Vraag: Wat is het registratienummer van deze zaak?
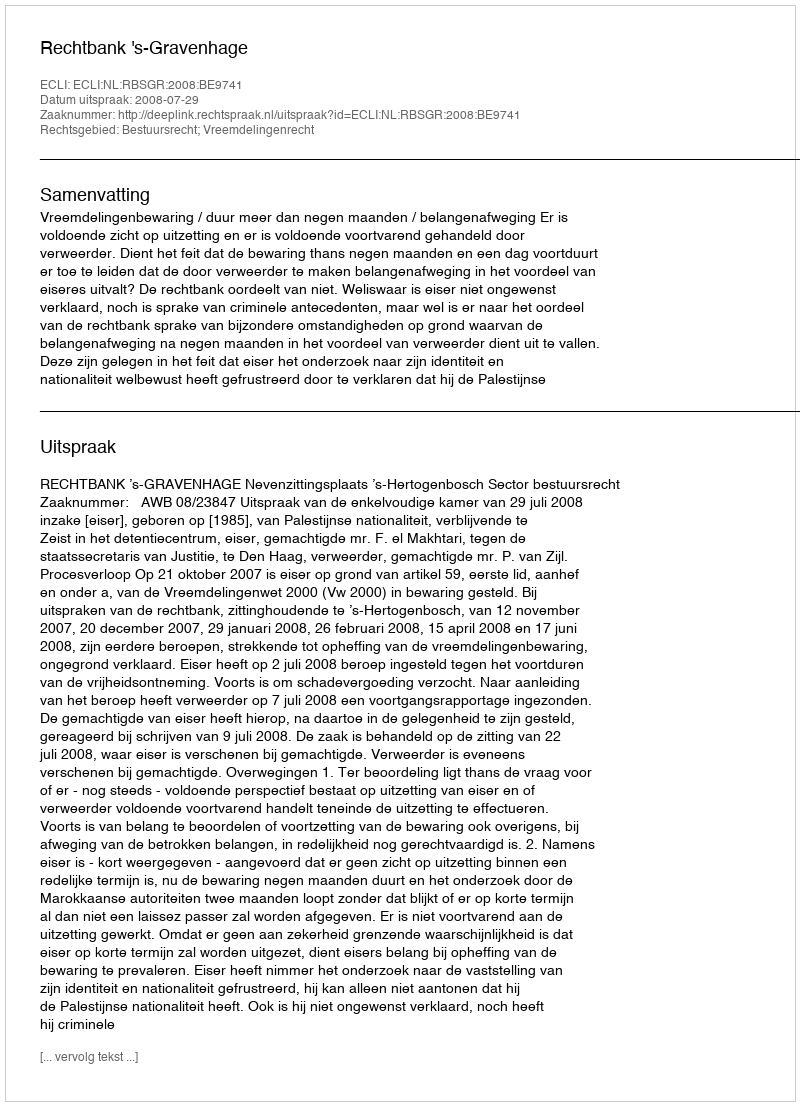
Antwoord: http://deeplink.rechtspraak.nl/uitspraak?id=ECLI:NL:RBSGR:2008:BE9741